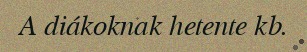
A diákoknak hetente kb.